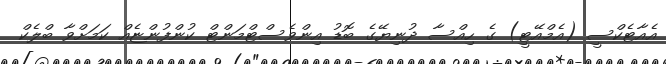
އެއާޓެކްސީ (އެމްއޭޓީ) ގެ ހިއްސާ ދުނިޔޭގެ ބޮޑު އިންވެސްޓްމަންޓް ކުންފުންޏެއް ކަމަށްވާ ބްލެކް